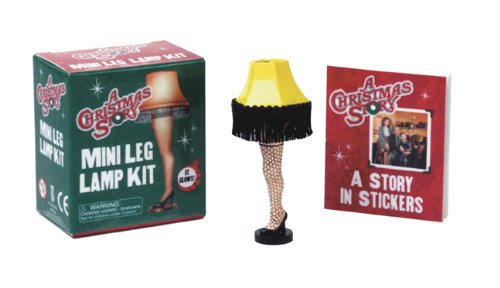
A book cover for A Christmas Story Leg Lamp Kit (Mega Mini Kits); Humor & Entertainment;